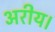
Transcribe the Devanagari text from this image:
अरीय।